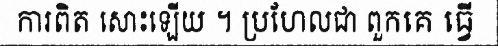
ការពិត សោះឡើយ ។ ប្រហែលជា ពួកគេ ធ្វើ